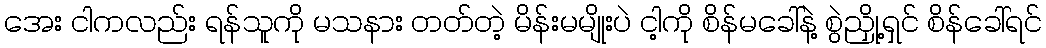
အေး ငါကလည်း ရန်သူကို မသနား တတ်တဲ့ မိန်းမမျိုးပဲ ငါ့ကို စိန်မခေါ်နဲ့ စွဲညှို့ရှင် စိန်ခေါ်ရင်